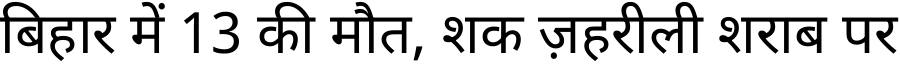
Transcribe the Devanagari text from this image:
बिहार में 13 की मौत, शक ज़हरीली शराब पर